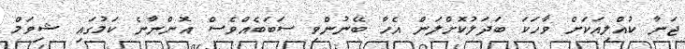
ޖަނާ ކުއްލިއަކަށް ވާހަކަ ބަދަލުކޮށްލަން އެހާ ބޭނުންވި ސަބަބެއްވެސް އޮންނާނެ ކަމުގައި ޝިވަމް